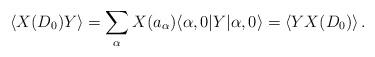
LaTeX: \begin{align*}\langle X(D_0)Y\rangle = \sum_\alpha X(a_\alpha)\langle\alpha,0|Y|\alpha,0\rangle= \langle YX(D_0)\rangle\,.\end{align*}